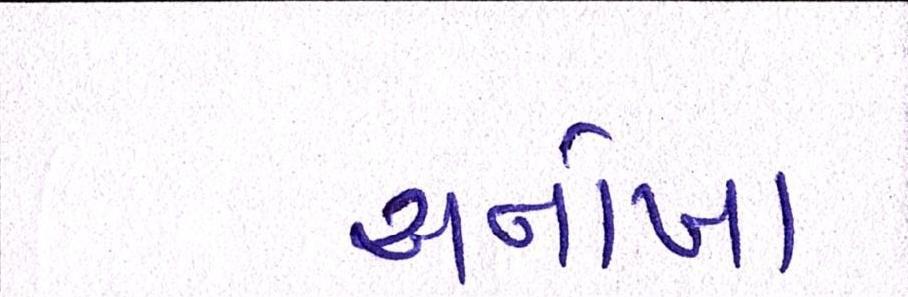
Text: અનોખા